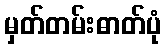
မှတ်တမ်းဓာတ်ပုံ